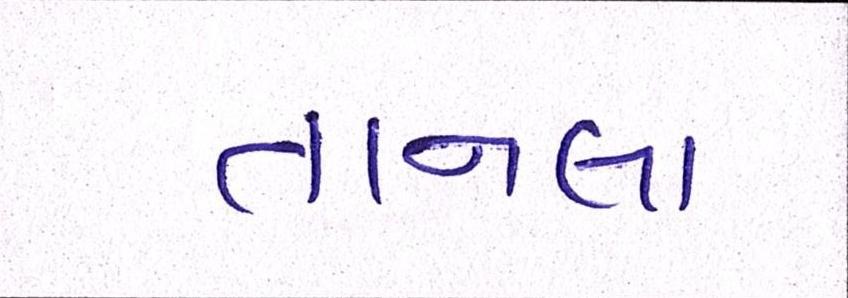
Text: તાનલા